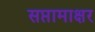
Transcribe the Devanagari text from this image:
सप्तामाक्षर